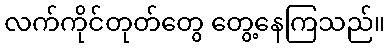
လက်ကိုင်တုတ်တွေ တွေ့နေကြသည်။